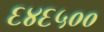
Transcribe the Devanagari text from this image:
६४६५००